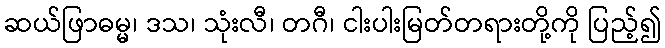
ဆယ်ဖြာဓမ္မ၊ ဒသ၊ သုံးလီ၊ တဂီ၊ ငါးပါးမြတ်တရားတို့ကို ပြည့်၍